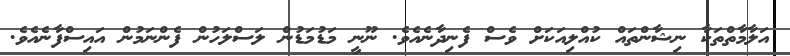
އަލާމާތްތަކާ ނިޝާންތައް ކުއްލިއަކަށް ވެސް ފެނިދާނެއެވެ. ނޫނީ މަޑުމަޑުން ލަސްލަހުން ފެންނަމުން އައިސްފާނެއެވެ.